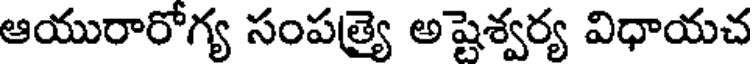
ఆయురారోగ్య సంపత్ర్యై అష్టెశ్వర్య విధాయచ